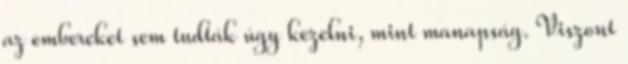
az embereket sem tudták úgy kezelni, mint manapság. Viszont